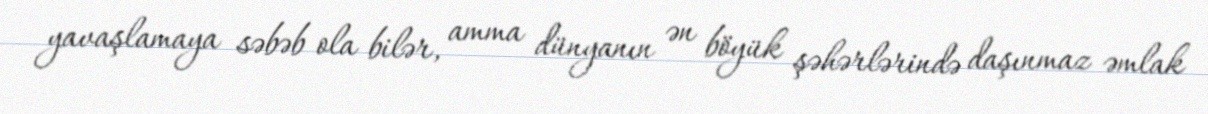
yavaşlamaya səbəb ola bilər, amma dünyanın ən böyük şəhərlərində daşınmaz əmlak